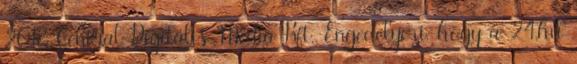
2018 Central Digitális Média Kft. Engedélyezi, hogy a 24.hu